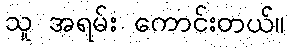
သူ အရမ်း ကောင်းတယ်။